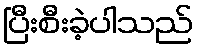
ပြီးစီးခဲ့ပါသည်